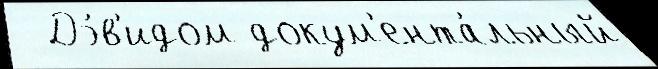
  Дэ́в'идом докум'ента́льный